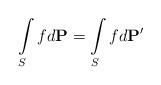
LaTeX: \begin{align*}\int\limits_S f d\textbf{P}=\int\limits_S f d\textbf{P}'\end{align*}